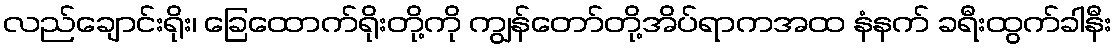
လည်ချောင်းရိုး၊ ခြေထောက်ရိုးတို့ကို ကျွန်တော်တို့အိပ်ရာကအထ နံနက် ခရီးထွက်ခါနီး